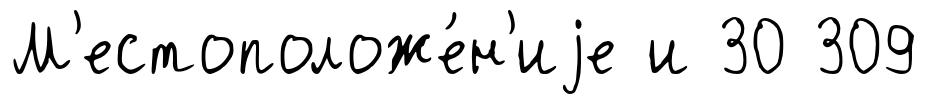
М'естоположе́н'иjе и 30 309